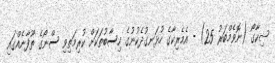
ޝިކާގޯ (ނޮވެމްބަރު 25) - އެމެރިކާގެ ހުޅަނގުދެކުނުގެ ހިސާބުތަކަށް ކުރިމަތިވި ސްނޯގެ ތޫފާނެއްގައި